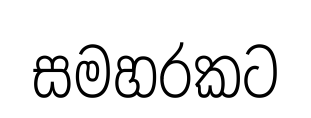
සමහරකට